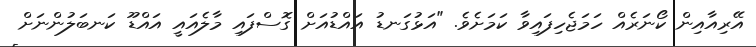
އޭރިއާއިން ކޯނަރެއް ހަމަޖެހިފައިވާ ކަމަށެވެ. "އަޅުގަނޑު އައްޑުއަށް ގޮސްފައި މާލެއައީ އައްޑޫ ކަނބަލުންނަށް